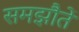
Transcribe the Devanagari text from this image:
समझौतें